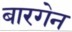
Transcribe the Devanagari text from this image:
बारगेन